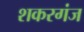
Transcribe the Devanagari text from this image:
शकरगंज